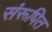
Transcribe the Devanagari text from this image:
संरूपित